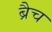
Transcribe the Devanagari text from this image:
ब्रैच